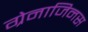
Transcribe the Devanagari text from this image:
ग्रेनाजिनस